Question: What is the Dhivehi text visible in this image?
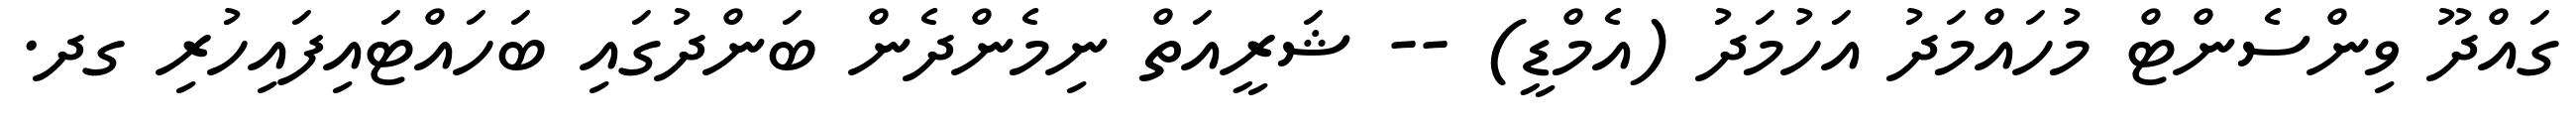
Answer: ގައްދޫ ވިންސެންޓް މުހައްމަދު އަހުމަދު (އެމްޑީ) -- ޝަރީއަތް ނިމެންދެން ބަންދުގައި ބަހައްޓައިފައިހުރި ގދ.